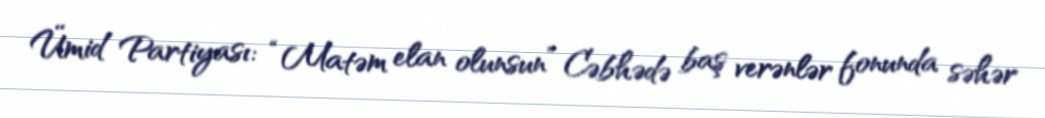
Ümid Partiyası: “Matəm elan olunsun” Cəbhədə baş verənlər fonunda səhər